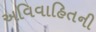
અવિવાહિતની